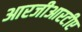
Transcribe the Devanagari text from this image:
आरजीआरटीए